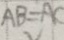
A B = A C